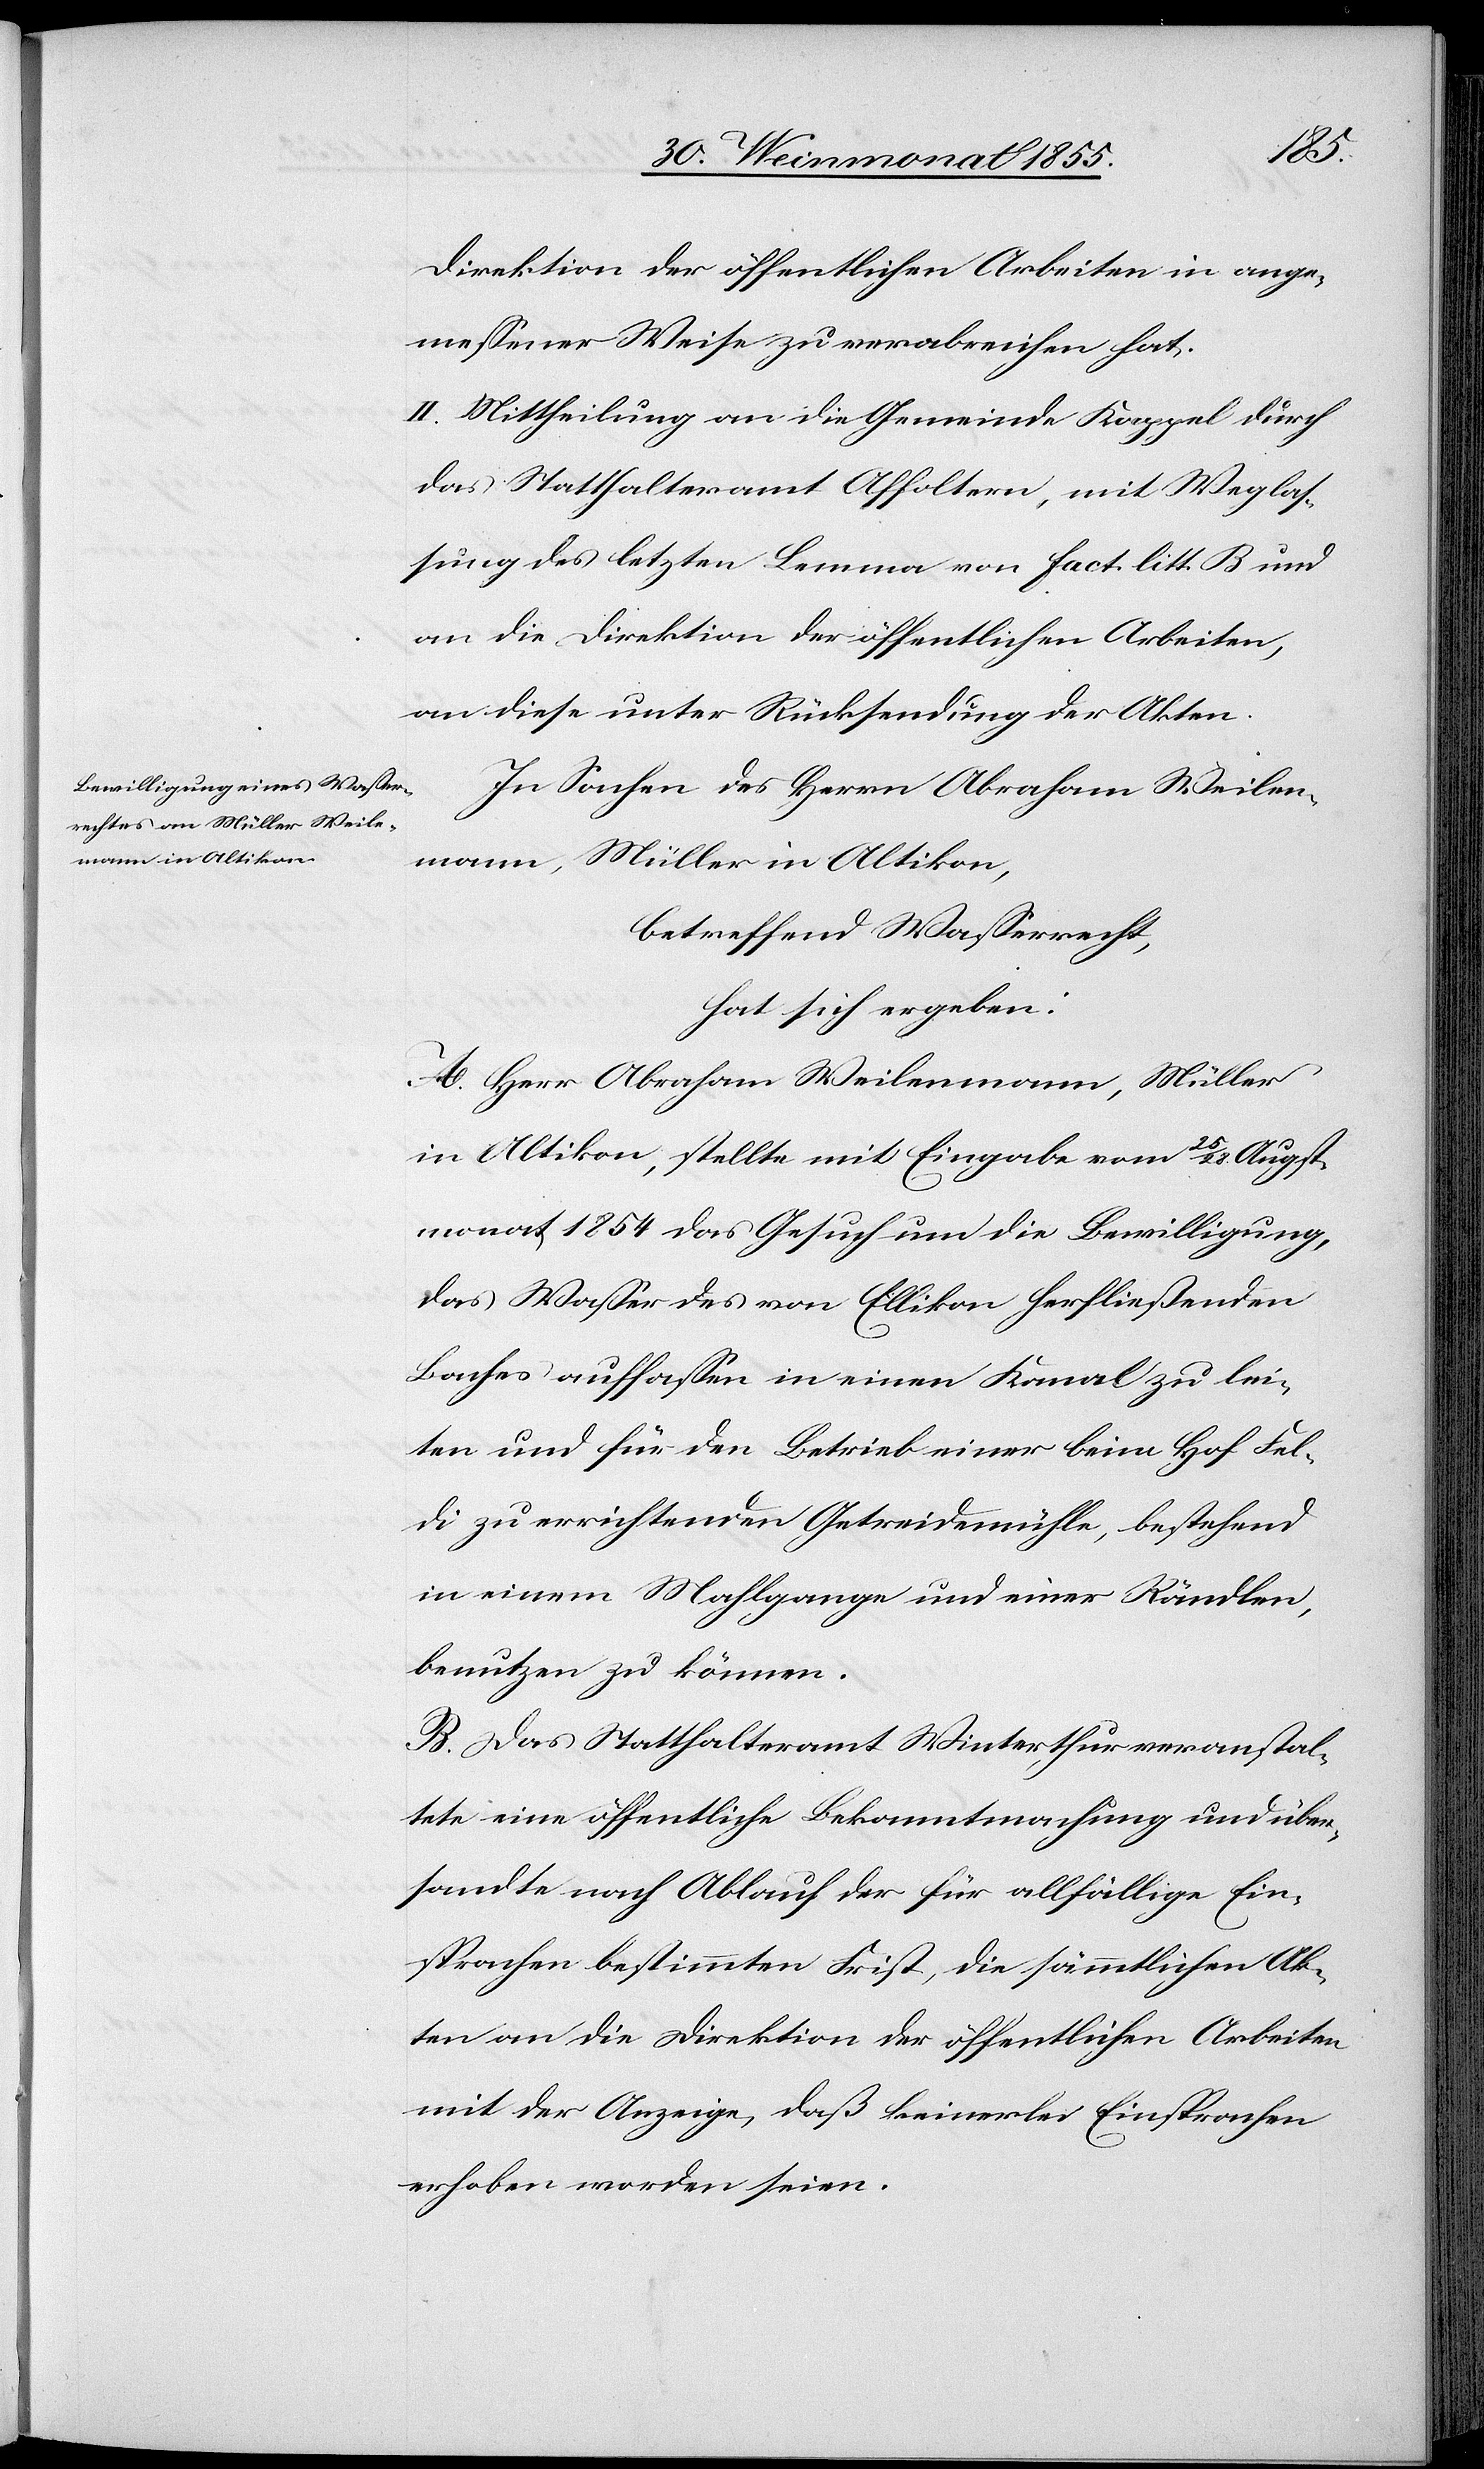
Direktion der öffentlichen Arbeiten in ange¬
messener Weise zu verabreichen hat.
II. Mittheilung an die Gemeinde Kappel durch
das Statthalteramt Affoltern, mit Weglas¬
sung des letzten Lemma von Fact. litt. B und
an die Direktion der öffentlichen Arbeiten,
an diese unter Rücksendung der Akten.
In Sachen des Herrn Abraham Weilen¬
mann [sic!], Müller in Altikon,
betreffend Wasserrecht,
hat sich ergeben:
A. Herr Abraham Weilenmann, Müller
in Altikon, stellte mit Eingabe vom 25 / 28 Augst¬
monat 1854 das Gesuch um die Bewilligung,
das Wasser des von Ellikon herfließenden
Baches auffassen in einen Kanal zu lei¬
ten und für den Betrieb einer beim Hof Fel¬
di zu errichtenden Getreidemühle, bestehend
in einem Mahlgange und einer Rändlen,
benutzen zu können.
B. Das Statthalteramt Winterthur veranstal¬
tete eine öffentliche Bekanntmachung und über¬
sandte nach Ablauf der für allfällige Ein¬
sprachen bestimmten Frist, die sämmtlichen Ak¬
ten an die Direktion der öffentlichen Arbeiten
mit der Anzeige, daß keinerlei Einsprachen
erhoben worden seien.